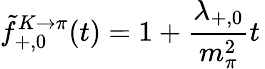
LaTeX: \tilde{f}_{+,0}^{K\rightarrow\pi}(t)=1+\frac{\lambda_{+,0}}{m_{\pi}^{2}}t\,